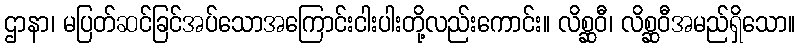
ဌာနာ၊ မပြတ်ဆင်ခြင်အပ်သောအကြောင်းငါးပါးတို့လည်းကောင်း။ လိစ္ဆဝီ၊ လိစ္ဆဝီအမည်ရှိသော။